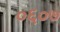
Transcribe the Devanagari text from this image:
०६०७